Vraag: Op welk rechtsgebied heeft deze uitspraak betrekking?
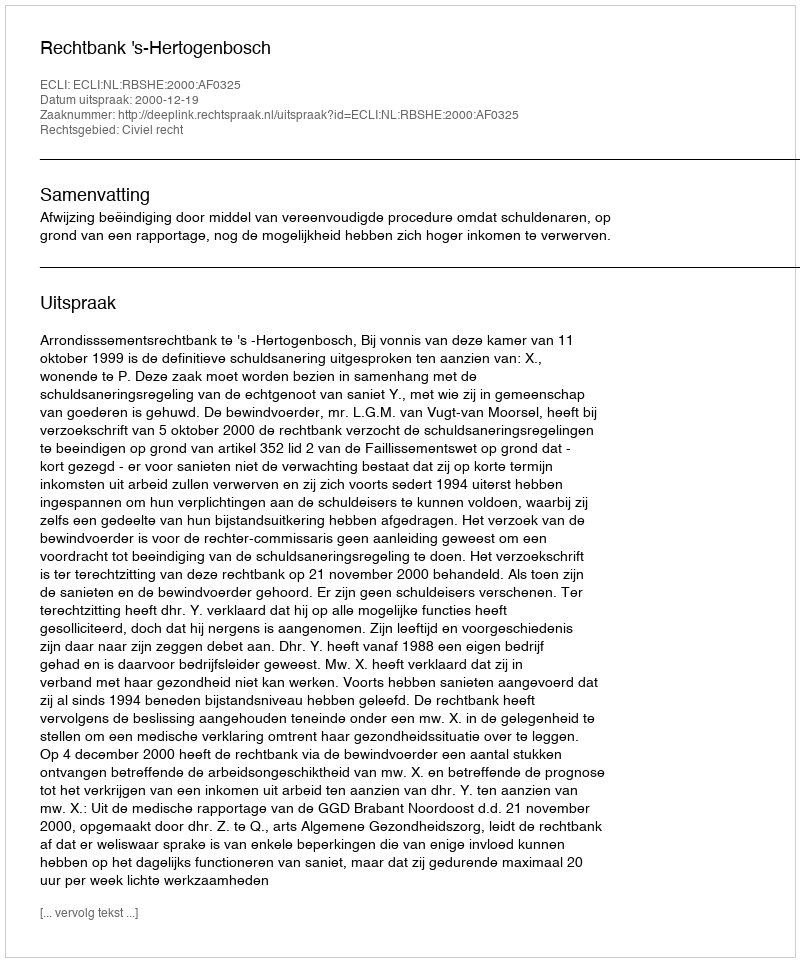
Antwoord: Civiel recht